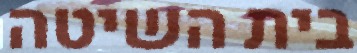
בית השיטה